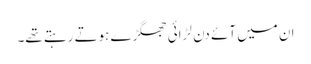
ان میں آئے دن لڑائی جھگڑے ہوتے رہتے تھے۔